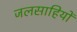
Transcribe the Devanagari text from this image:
जलसाहियों